Document type: Grant
Year: 1403
Scribe: Berenguer Pedrosell
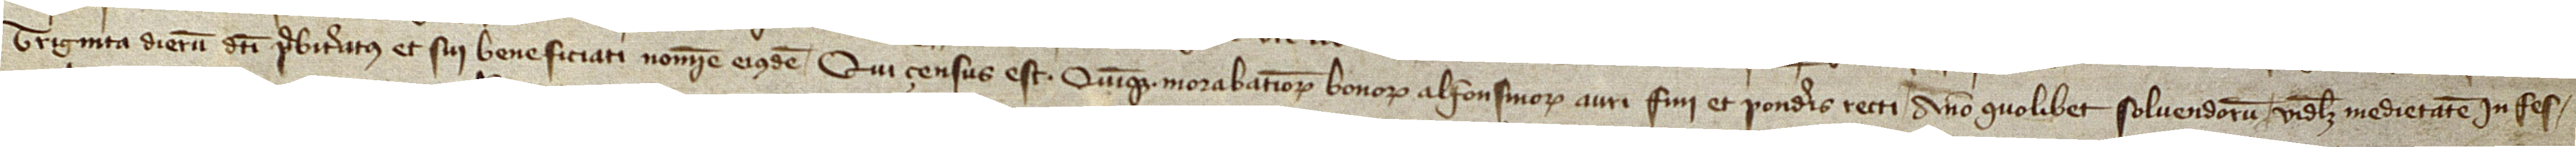
triginta dierum dicti presbiteratus et sui beneficiati nomine eiusdem. Qui çensus est quinque morabatinorum bonorum alfonsinorum auri fini et ponderis recti anno quolibet solvendorum, videlicet, medietatem in fes-